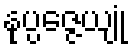
နုပ္ပဇ္ဇေယျုံ